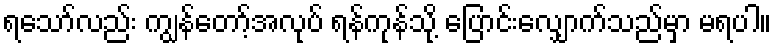
ရသော်လည်း ကျွန်တော့်အလုပ် ရန်ကုန်သို့ ပြောင်းလျှောက်သည်မှာ မရပါ။